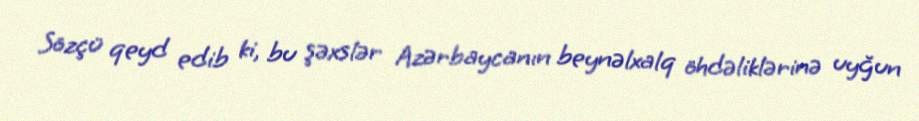
Sözçü qeyd edib ki, bu şəxslər Azərbaycanın beynəlxalq öhdəliklərinə uyğun